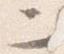
二